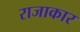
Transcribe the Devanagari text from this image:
राजाकार